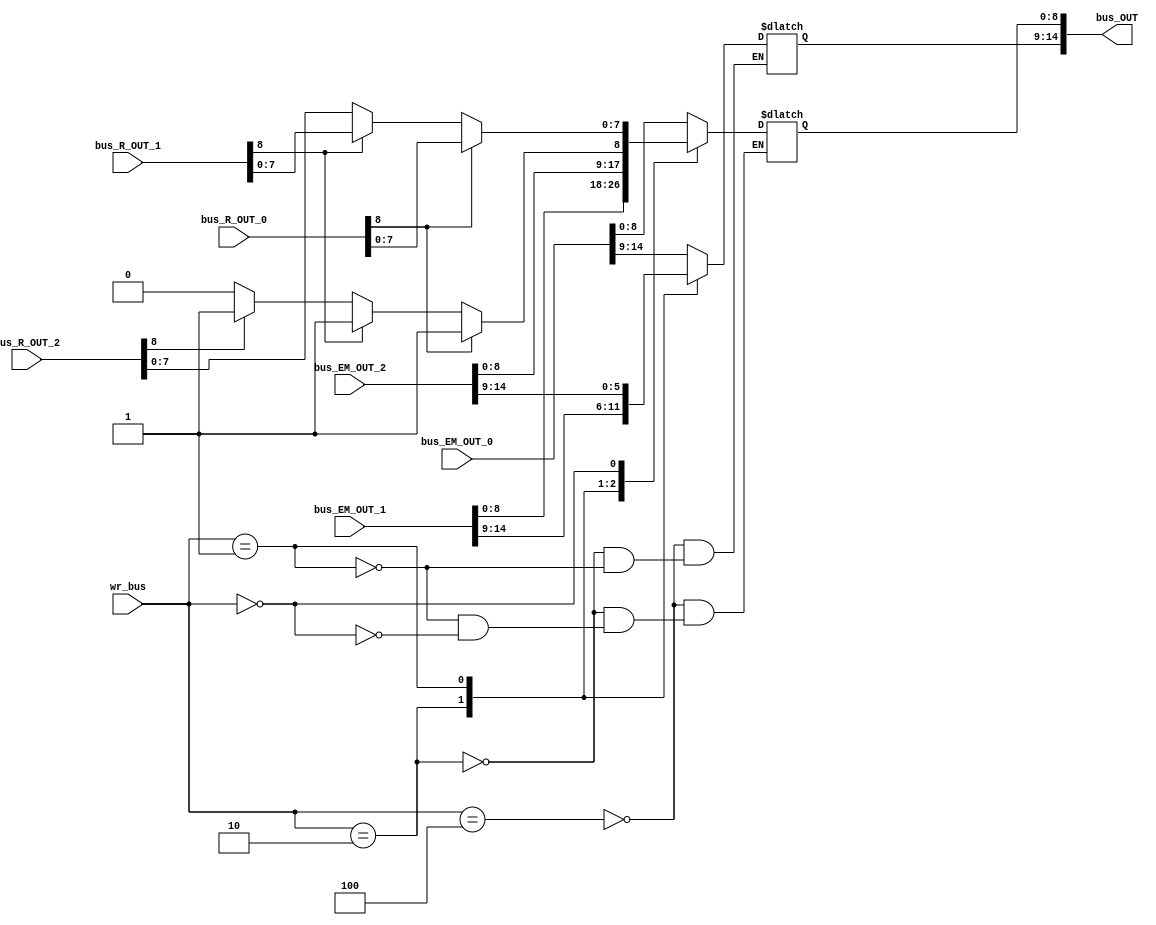
`define BUS_TAG 14:12
`define BUS_MSG 11:9
`define BUS_VALID 8
`define BUS_DATA 7:0

module bus(wr_bus,bus_EM_OUT_0,bus_R_OUT_0,bus_EM_OUT_1,bus_R_OUT_1,bus_EM_OUT_2,bus_R_OUT_2, bus_OUT);
	
	input [2:0] wr_bus;
	input [14:0] bus_EM_OUT_0,bus_R_OUT_0,bus_EM_OUT_1,bus_R_OUT_1,bus_EM_OUT_2,bus_R_OUT_2;
	output reg [14:0] bus_OUT;
	
	initial begin
		bus_OUT = 15'b0;
	end

	always@(wr_bus) begin
		
		case(wr_bus) //Bit 1 remete ao emissor
			3'b100: bus_OUT = bus_EM_OUT_0;
			3'b010: bus_OUT = bus_EM_OUT_1;
			3'b001: bus_OUT = bus_EM_OUT_2;
			3'b000: begin //Se no h emissores, ento quem escreve no barramento  a cache ouvinte
				if(bus_R_OUT_0[`BUS_VALID] == 1) begin
					bus_OUT[`BUS_VALID] = 1;
					bus_OUT[`BUS_DATA] = bus_R_OUT_0[`BUS_DATA];
				end
				else if(bus_R_OUT_1[`BUS_VALID] == 1) begin
					bus_OUT[`BUS_VALID] = 1;
					bus_OUT[`BUS_DATA] = bus_R_OUT_1[`BUS_DATA];
				end
				else if(bus_R_OUT_2[`BUS_VALID] == 1) begin
					bus_OUT[`BUS_VALID] = 1;
					bus_OUT[`BUS_DATA] = bus_R_OUT_2[`BUS_DATA];
				end
				else begin
					bus_OUT[`BUS_VALID] = 0;
					bus_OUT[`BUS_DATA] = 8'bx;
				end
			end
			
		endcase
		
	end
endmodule